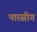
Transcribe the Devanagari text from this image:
पारसीग